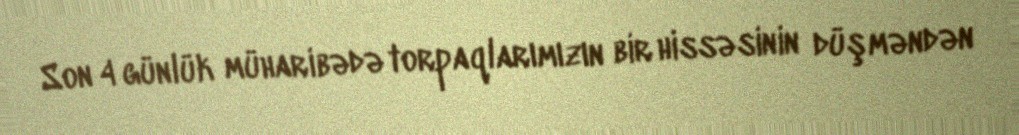
Son 4 günlük müharibədə torpaqlarımızın bir hissəsinin düşməndən